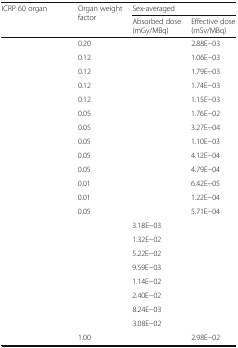
<table><thead><tr><td rowspan="2"><b>ICRP 60 organ</b></td><td rowspan="2"><b>Organ weight factor</b></td><td colspan="2"><b>Sex-averaged</b></td></tr><tr><td><b>Absorbed dose (mGy/MBq)</b></td><td><b>Effective dose (mSv/MBq)</b></td></tr></thead><tbody><tr><td>[EMPTY_CELL]</td><td>0.20</td><td>[EMPTY_CELL]</td><td>2.88E−03</td></tr><tr><td>[EMPTY_CELL]</td><td>0.12</td><td>[EMPTY_CELL]</td><td>1.06E−03</td></tr><tr><td>[EMPTY_CELL]</td><td>0.12</td><td>[EMPTY_CELL]</td><td>1.79E−03</td></tr><tr><td>[EMPTY_CELL]</td><td>0.12</td><td>[EMPTY_CELL]</td><td>1.74E−03</td></tr><tr><td>[EMPTY_CELL]</td><td>0.12</td><td>[EMPTY_CELL]</td><td>1.15E−03</td></tr><tr><td>[EMPTY_CELL]</td><td>0.05</td><td>[EMPTY_CELL]</td><td>1.76E−02</td></tr><tr><td>[EMPTY_CELL]</td><td>0.05</td><td>[EMPTY_CELL]</td><td>3.27E−04</td></tr><tr><td>[EMPTY_CELL]</td><td>0.05</td><td>[EMPTY_CELL]</td><td>1.10E−03</td></tr><tr><td>[EMPTY_CELL]</td><td>0.05</td><td>[EMPTY_CELL]</td><td>4.12E−04</td></tr><tr><td>[EMPTY_CELL]</td><td>0.05</td><td>[EMPTY_CELL]</td><td>4.79E−04</td></tr><tr><td>[EMPTY_CELL]</td><td>0.01</td><td>[EMPTY_CELL]</td><td>6.42E−05</td></tr><tr><td>[EMPTY_CELL]</td><td>0.01</td><td>[EMPTY_CELL]</td><td>1.22E−04</td></tr><tr><td>[EMPTY_CELL]</td><td rowspan="9">0.05</td><td>[EMPTY_CELL]</td><td>5.71E−04</td></tr><tr><td>[EMPTY_CELL]</td><td>3.18E−03</td><td>[EMPTY_CELL]</td></tr><tr><td>[EMPTY_CELL]</td><td>1.32E−02</td><td>[EMPTY_CELL]</td></tr><tr><td>[EMPTY_CELL]</td><td>5.22E−02</td><td>[EMPTY_CELL]</td></tr><tr><td>[EMPTY_CELL]</td><td>9.59E−03</td><td>[EMPTY_CELL]</td></tr><tr><td>[EMPTY_CELL]</td><td>1.14E−02</td><td>[EMPTY_CELL]</td></tr><tr><td>[EMPTY_CELL]</td><td>2.40E−02</td><td>[EMPTY_CELL]</td></tr><tr><td>[EMPTY_CELL]</td><td>8.24E−03</td><td>[EMPTY_CELL]</td></tr><tr><td>[EMPTY_CELL]</td><td>3.08E−02</td><td>[EMPTY_CELL]</td></tr><tr><td>[EMPTY_CELL]</td><td>1.00</td><td>[EMPTY_CELL]</td><td>2.98E−02</td></tr></tbody></table>